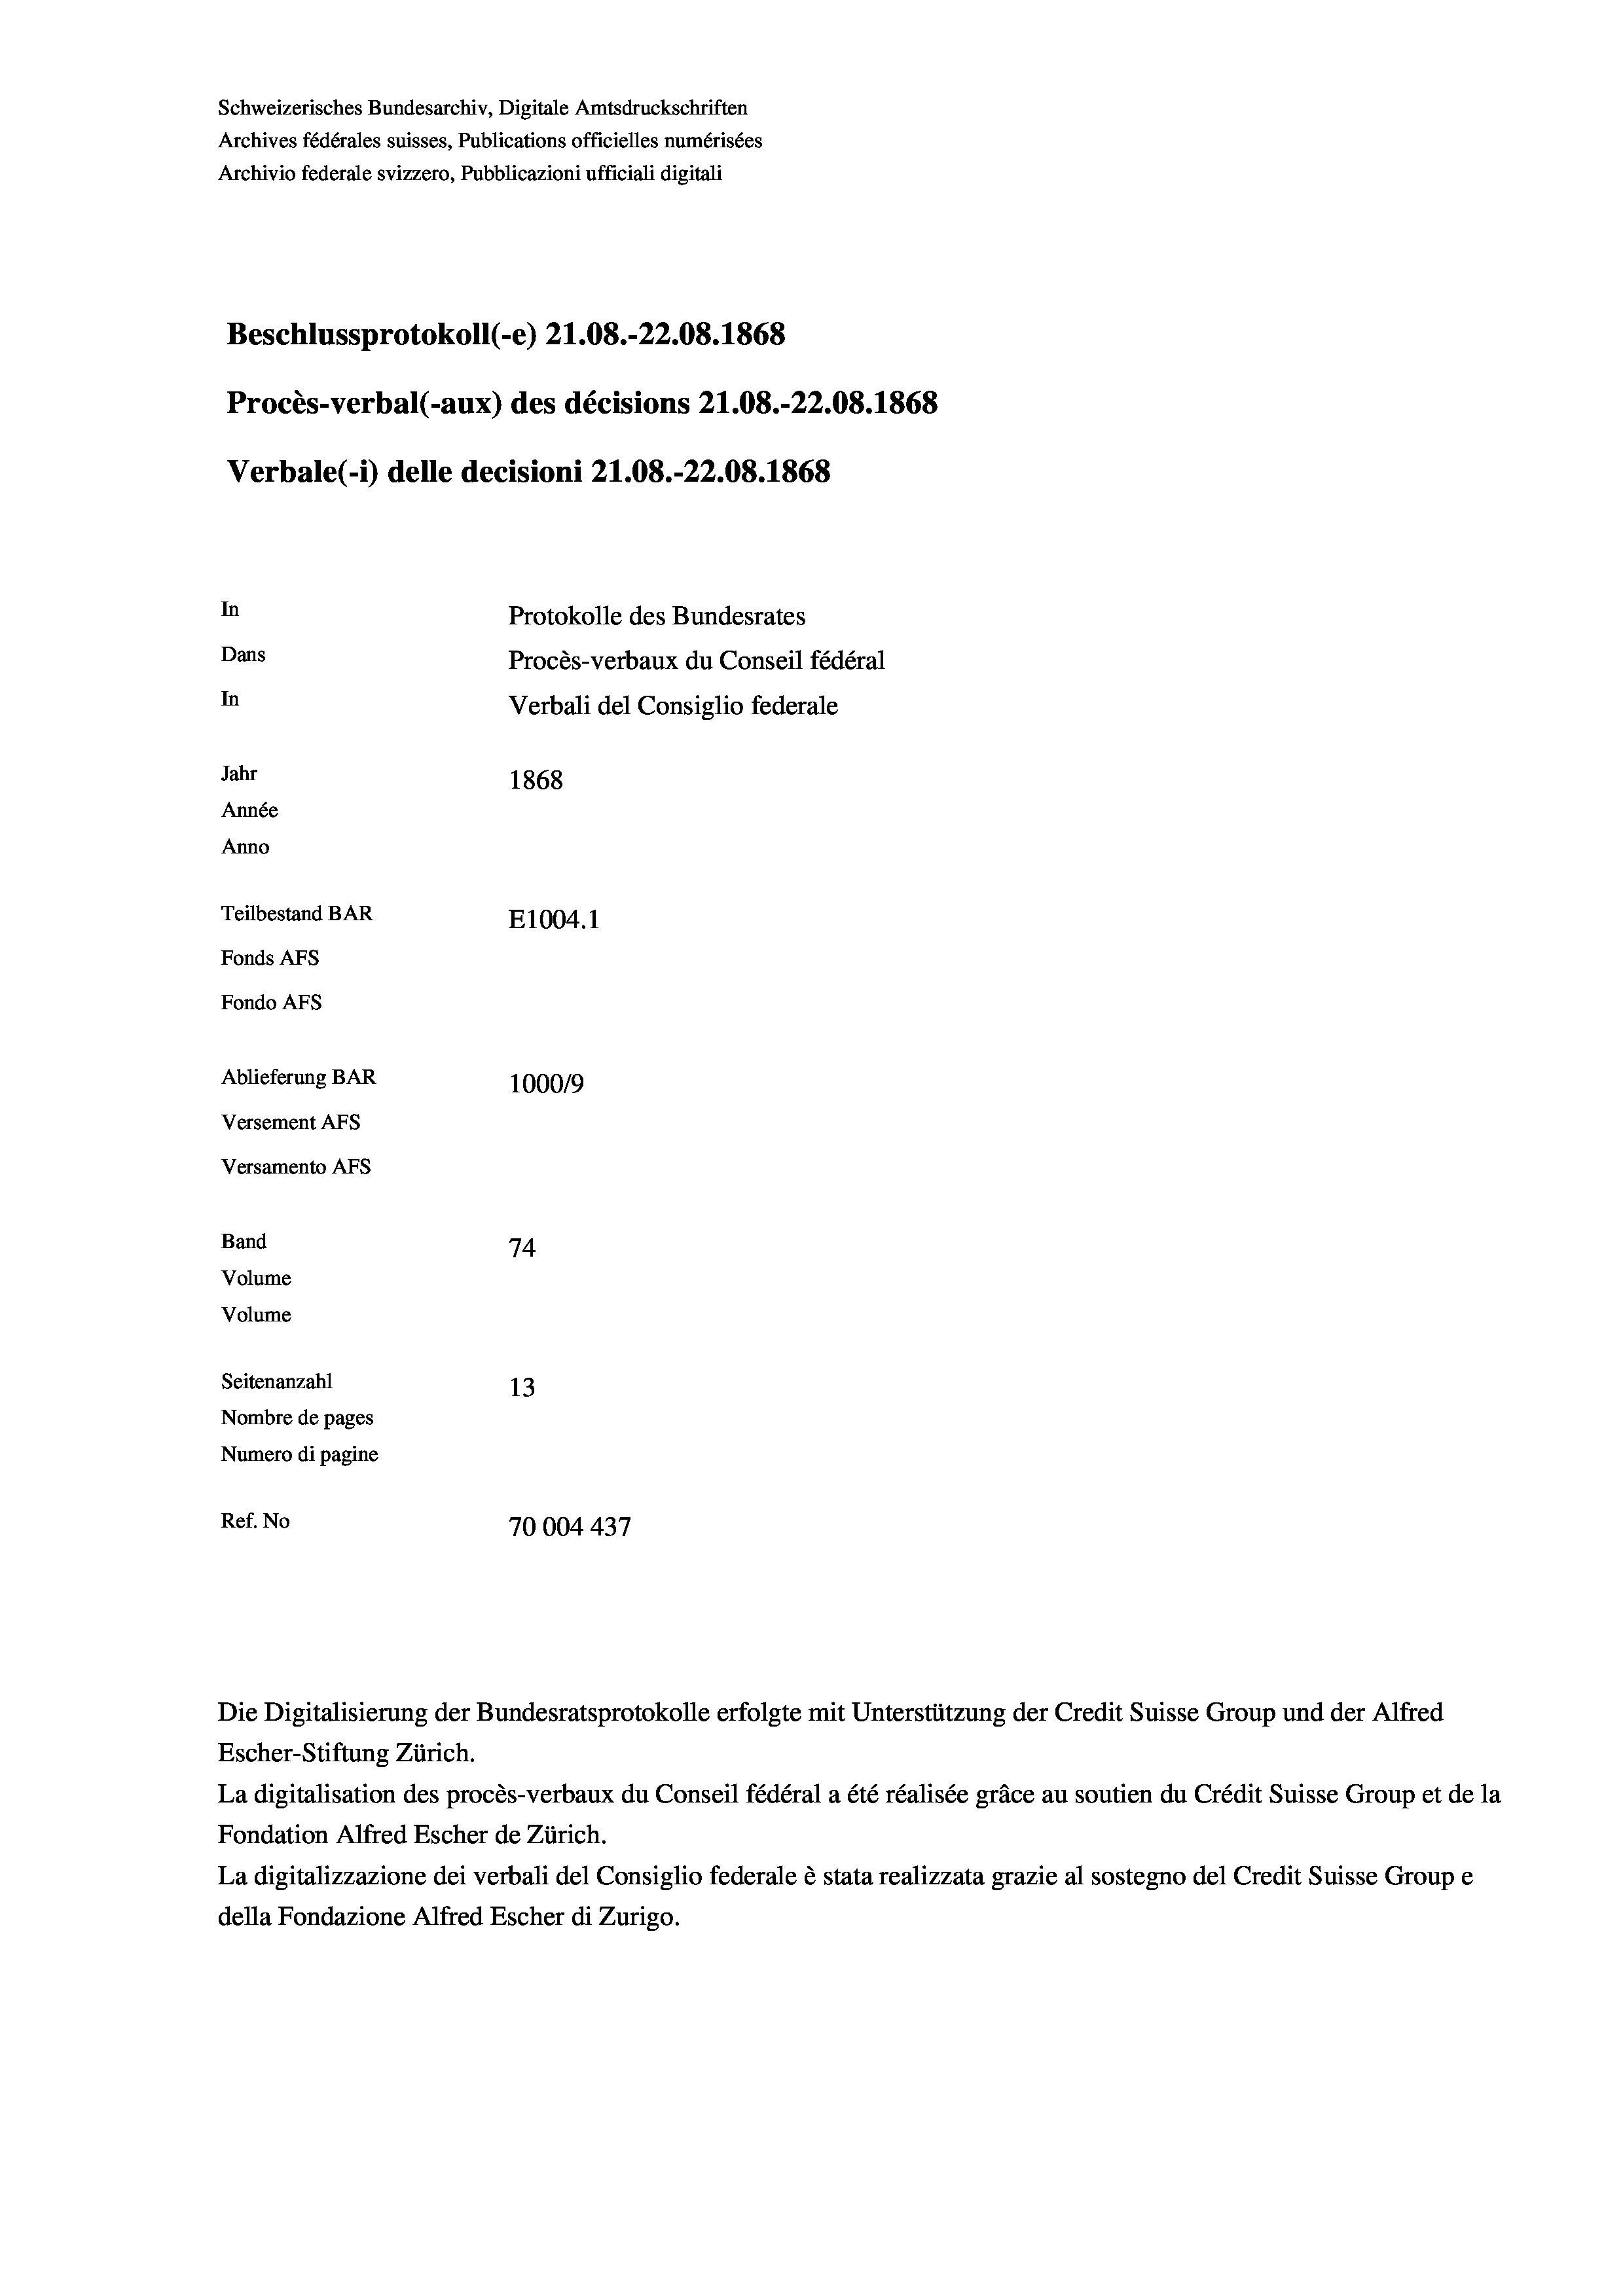
Schweizerisches Bundesarchiv, Digitale Amtsdruckschriften
Archives fédérales suisses, Publications officielles numérisées
Archivio federale svizzero, Pubblicazioni ufficiali digitali
Beschlussprotokoll (-e) 21.08.-22.08. 1868
Procès-verbal (-aux) des décisions Z1.08.-22.08. 1868
Verbale (i) delle decisioni 21.08.-22.08. 1868
In
Protokolle des Bundesrates
Dans
Procès-verbaux du Conseil fédéral
In
Verbali del Consiglio federale
Jahr
1868
Année
Anno
Teilbestand BAR
E1004. 1
Fonds AFs
Fondo Afs
Ablieferung BAR
100019
Versement AFs
Versamento Afs

74
Volume
Volume
Seitenanzahl
13
Nombre de pages
Numero di pagine
Ref. No
70004 437

Band

Die Digitalisierung der Bundesratsprotokolle erfolgte mit Unterstützung der Credit Suisse Group und der Alfred
Escher-Stiftung Zürich.
La digitalisation des procès-verbaux du Conseil fédéral a été réalisée gräce au soutien du Crédit Suisse Group et de la
Fondation Alfred Escher de Zürich.
La digitalizzazione dei verbali del Consiglio federale è stata realizzata grazie al sostegno del Credit Suisse Groupe
della Fondazione Alfred Escher di Zurigo.